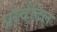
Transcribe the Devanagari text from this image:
प्रोवेंटिल